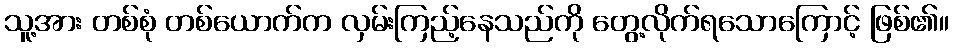
သူ့အား တစ်စုံ တစ်ယောက်က လှမ်းကြည့်နေသည်ကို တွေ့လိုက်ရသောကြောင့် ဖြစ်၏။